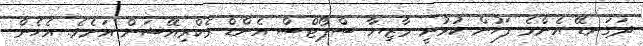
ދަގަނޑޭ އެންމެ ފަހުން ކުޅުނީ މާޒިޔާ ސްޕޯޓްސް އެންޑް ރެކްރިއޭޝަން އަށެވެ. އެހެން